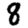
Digit: 8